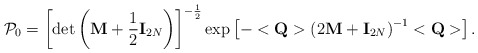
\begin{align*}{\cal P}_0=\left[\det\left({\bf M}+\frac 12{\bf I}_{2N}\right)\right]^{-\frac 12}\exp\left[-<{\bf Q}>\left(2{\bf M}+{\bf I}_{2N}\right)^{-1}<{\bf Q}>\right].\end{align*}